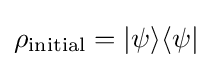
\rho _{\text{initial}}=|\psi \rangle \langle \psi |